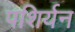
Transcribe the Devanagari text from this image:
पशिर्यन